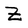
Character: Z